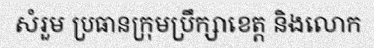
សំរួម ប្រធានក្រុមប្រឹក្សាខេត្ត និងលោក